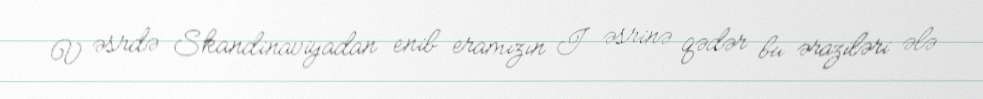
V əsrdə Skandinaviyadan enib eramızın I əsrinə qədər bu əraziləri ələ